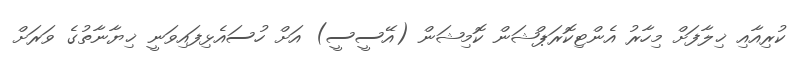
ކުރިއާއި ޚިލާފަށް މިހާރު އެންޓިކޮރަޕްޝަން ކޮމިޝަން (އޭސީސީ) އަށް ހުސައެޅިފައިވަނީ ޚިޔާނާތުގެ ވަރަށް